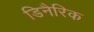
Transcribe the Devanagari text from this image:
डिनैरिक